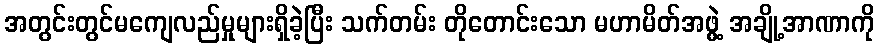
အတွင်းတွင်မကျေလည်မှုများရှိခဲ့ပြီး သက်တမ်း တိုတောင်းသော မဟာမိတ်အဖွဲ့ အချို့အာဏာကို